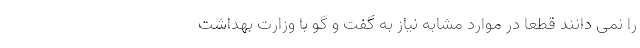
را نمی دانند قطعا در موارد مشابه نیاز به گفت و گو با وزارت بهداشت